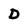
Character: D